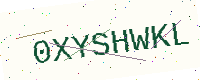
Text: 0XYSHWKL